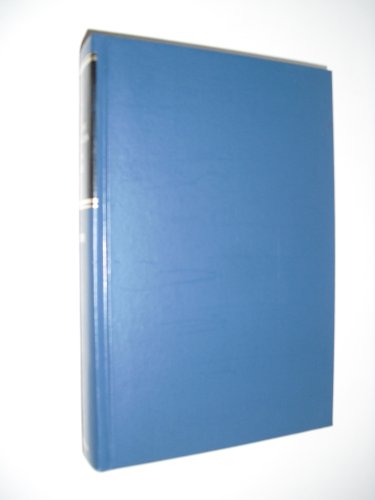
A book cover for All the Messianic Prophecies; Herbert Lockyer; Christian Books & Bibles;